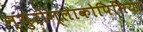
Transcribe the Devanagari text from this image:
न्युरोग्लाकोपिनिया